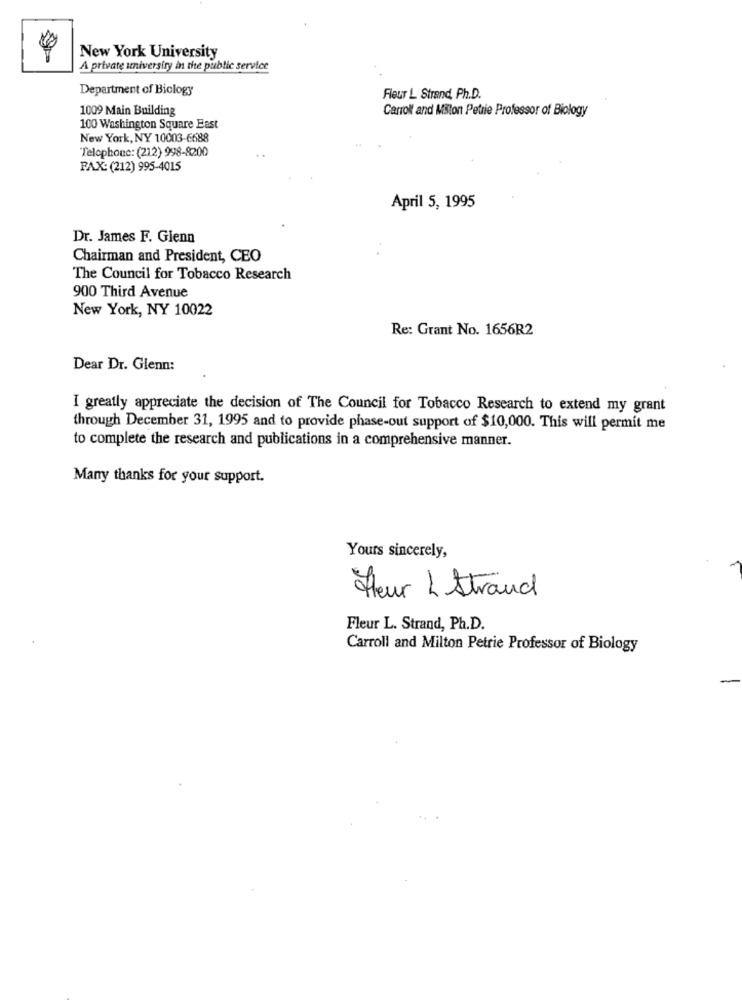
New York University
A private universiry in the public service
Department of Biology
Fleur L Strand, Ph.D.
1009 Main Building
Carroll and Mitont Petrie Professor of Biology
100 Washington Square East
New York, NY 10003-6688
Telephone: (212) 998-8200
FAX: (212) 995-4015
April 5, 1995
Dr. James F. Glenn
Chairman and President, CEO
The Council for Tobacco Research
900 Third Avenue
New York, NY 10022
Re: Grant No. 1656R2
Dear Dr. Glenn:
I greatly appreciate the decision of The Council for Tobacco Research to extend my grant
through December 31, 1995 and to provide phase-out support of $10,000. This will permit me
to complete the research and publications in a comprehensive manner.
Many thanks for your support.
Yours sincerely,
Fleur L Strand
Fleur L. Strand, Ph.D.
Carroll and Milton Petrie Professor of Biology